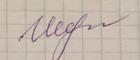
Signature authenticity: genuine